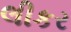
લીકર